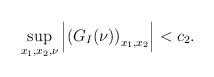
LaTeX: \begin{align*}\sup_{x_{1},x_{2},\nu}\left|\left(G_{I}(\nu)\right)_{x_{1},x_{2}}\right|< c_{2}.\end{align*}